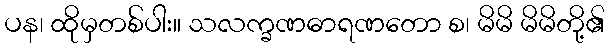
ပန၊ ထိုမှတစ်ပါး။ သလက္ခဏဓာရဏတော စ၊ မိမိ မိမိတို့၏